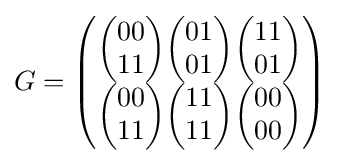
G={\begin{pmatrix}{\begin{pmatrix}00\\11\end{pmatrix}}{\begin{pmatrix}01\\01\end{pmatrix}}{\begin{pmatrix}11\\01\end{pmatrix}}\\{\begin{pmatrix}00\\11\end{pmatrix}}{\begin{pmatrix}11\\11\end{pmatrix}}{\begin{pmatrix}00\\00\end{pmatrix}}\end{pmatrix}}